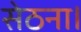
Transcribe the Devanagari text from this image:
सेठना।